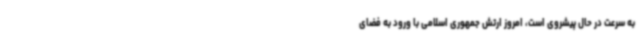
به سرعت در حال پیشروی است، امروز ارتش جمهوری اسلامی با ورود به فضای